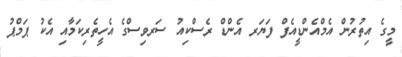
މީގެ އިތުރުން އެމްއެންޑީއެފް ފަޔަރ އެންޑް ރެސްކިއު ސަރވިސްގެ އެހީތެރިކަމާއި އެކު ޕަމްޕު